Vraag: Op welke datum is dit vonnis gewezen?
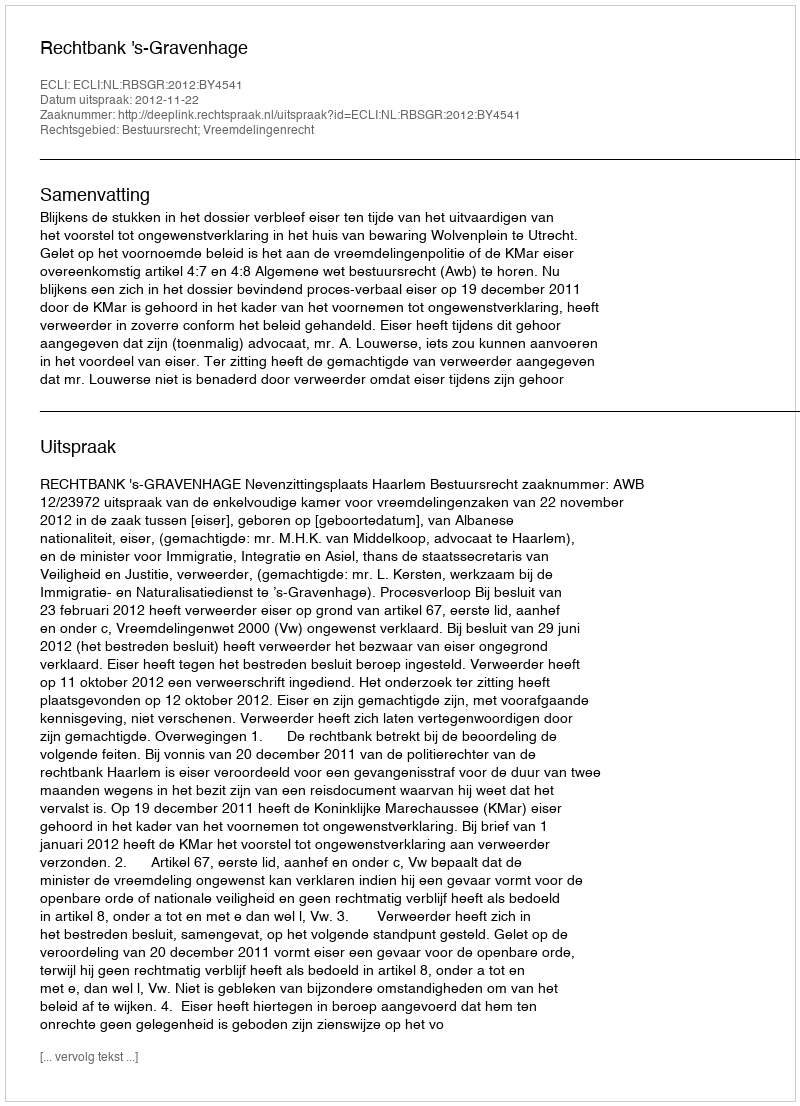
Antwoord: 2012-11-22